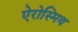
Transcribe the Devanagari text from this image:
ऐरोस्मिथ